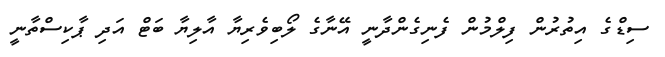
ސިޑްގެ އިތުރުން ފިލްމުން ފެނިގެންދާނީ އޭނާގެ ލޯބިވެރިޔާ އާލިޔާ ބަޓް އަދި ޕާކިސްތާނީ